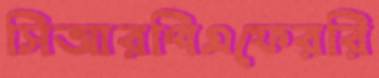
সিআরপিএফেররি